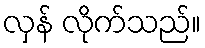
လှန် လိုက်သည်။